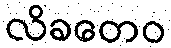
လိခတေဝ